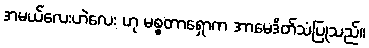
အမယ်လေးဟဲလေး ဟု မစ္စတာရှောက အာမေဒိတ်သံပြုသည်။